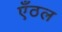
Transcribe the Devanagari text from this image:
एँठल